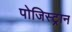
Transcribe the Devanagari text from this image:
पोजिस्ट्रान